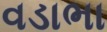
વડાભા